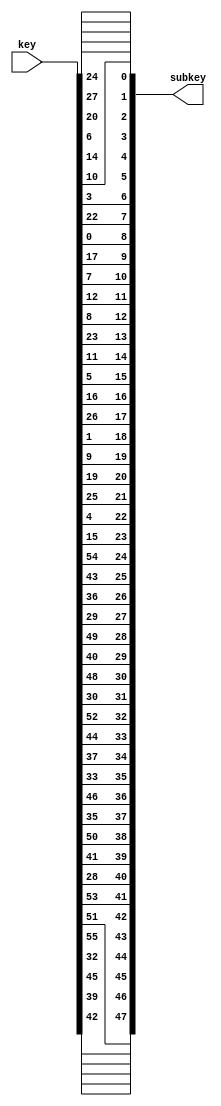
`timescale 1ns / 1ps
//////////////////////////////////////////////////////////////////////////////////
// Company: 
// Engineer: 
// 
// Design Name: 
// Module Name: Permuted_choice2
// Project Name: 
// Target Devices: 
// Tool Versions: 
// Description: 
// 
// Dependencies: 
// 
// Revision:
// Revision 0.01 - File Created
// Additional Comments:
// 
//////////////////////////////////////////////////////////////////////////////////


module Permuted_choice2(key,subkey);
    input [1:56]key;
    output [0:47]subkey;
    assign subkey=
    {key[14],
    key[17],
    key[11],
    key[24],
    key[1],
    key[5],
    key[3],
    key[28],
    key[15],
    key[6],
    key[21],
    key[10],
    key[23],
    key[19],
    key[12],
    key[4],
    key[26],
    key[8],
    key[16],
    key[7],
    key[27],
    key[20],
    key[13],
    key[2],
    key[41],
    key[52],
    key[31],
    key[37],
     key[47],
    key[55],
    key[30],
    key[40],
    key[51],
    key[45],
    key[33],
    key[48],
    key[44],
    key[49],
    key[39],
    key[56],
    key[34],
    key[53],
    key[46],
    key[42],
    key[50],
    key[36],
    key[29],
    key[32]
    };
endmodule